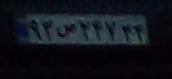
۹۲ص۲۴۷۳۴